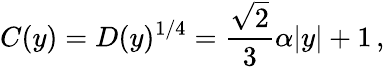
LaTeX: C(y)=D(y)^{1/4}=\frac{\sqrt{2}}{3}\alpha|y|+1\, ,